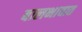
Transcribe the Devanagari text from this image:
बालभावात